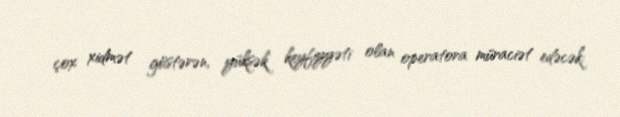
çox xidmət göstərən, yüksək keyfiyyəti olan operatora müraciət edəcək: